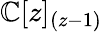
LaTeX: \mathbb{C}[z]_{(z-1)}